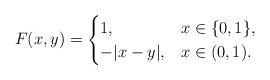
LaTeX: \begin{align*}F(x,y)=\begin{cases}1, &x \in \{0,1\},\\-|x-y| ,& x\in (0,1).\end{cases}\end{align*}